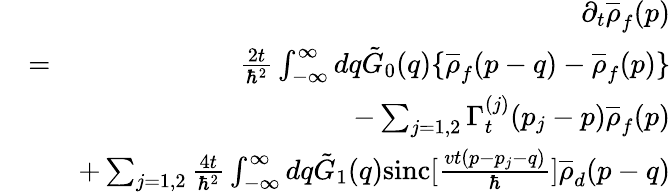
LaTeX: \begin{array}{rlr}&{}&{\partial_{t}\overline{{\rho}}_{f}(p)}\\ &{=}&{\frac{2t}{\hbar^{2}}\int_{-\infty}^{\infty}dq\tilde{G}_{0}(q)\{ \overline{{\rho}}_{f}(p-q)-\overline{{\rho}}_{f}(p)\} }\\ &{}&{-\sum_{j=1,2}\Gamma_{t}^{(j)}(p_{j}-p)\overline{{\rho}}_{f}(p)}\\ &{}&{+\sum_{j=1,2}\frac{4t}{\hbar^{2}}\int_{-\infty}^{\infty}dq\tilde{G}_{1}(q)\mathrm{sinc}[\frac{vt(p-p_{j}-q)}{\hbar}]\overline{{\rho}}_{d}(p-q)}\end{array}